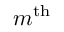
m ^ { \mathrm { t h } }